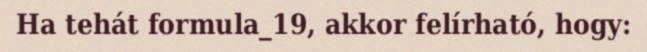
Ha tehát formula_19, akkor felírható, hogy: